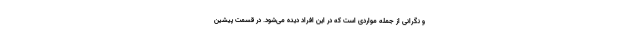
و نگرانی از جمله مواردی است که در این افراد دیده می‌شود. در قسمت پیشین